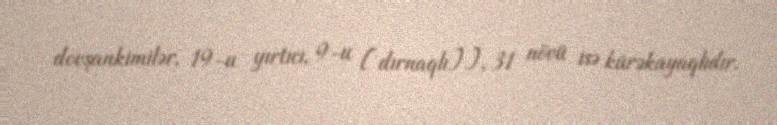
dovşankimilər, 19-u yırtıcı, 9-u [dırnaqlı]], 31 növü isə kürəkayaqlıdır.